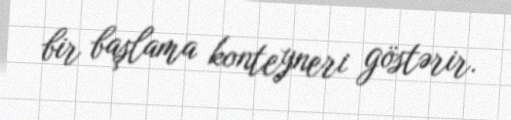
bir başlama konteyneri göstərir.